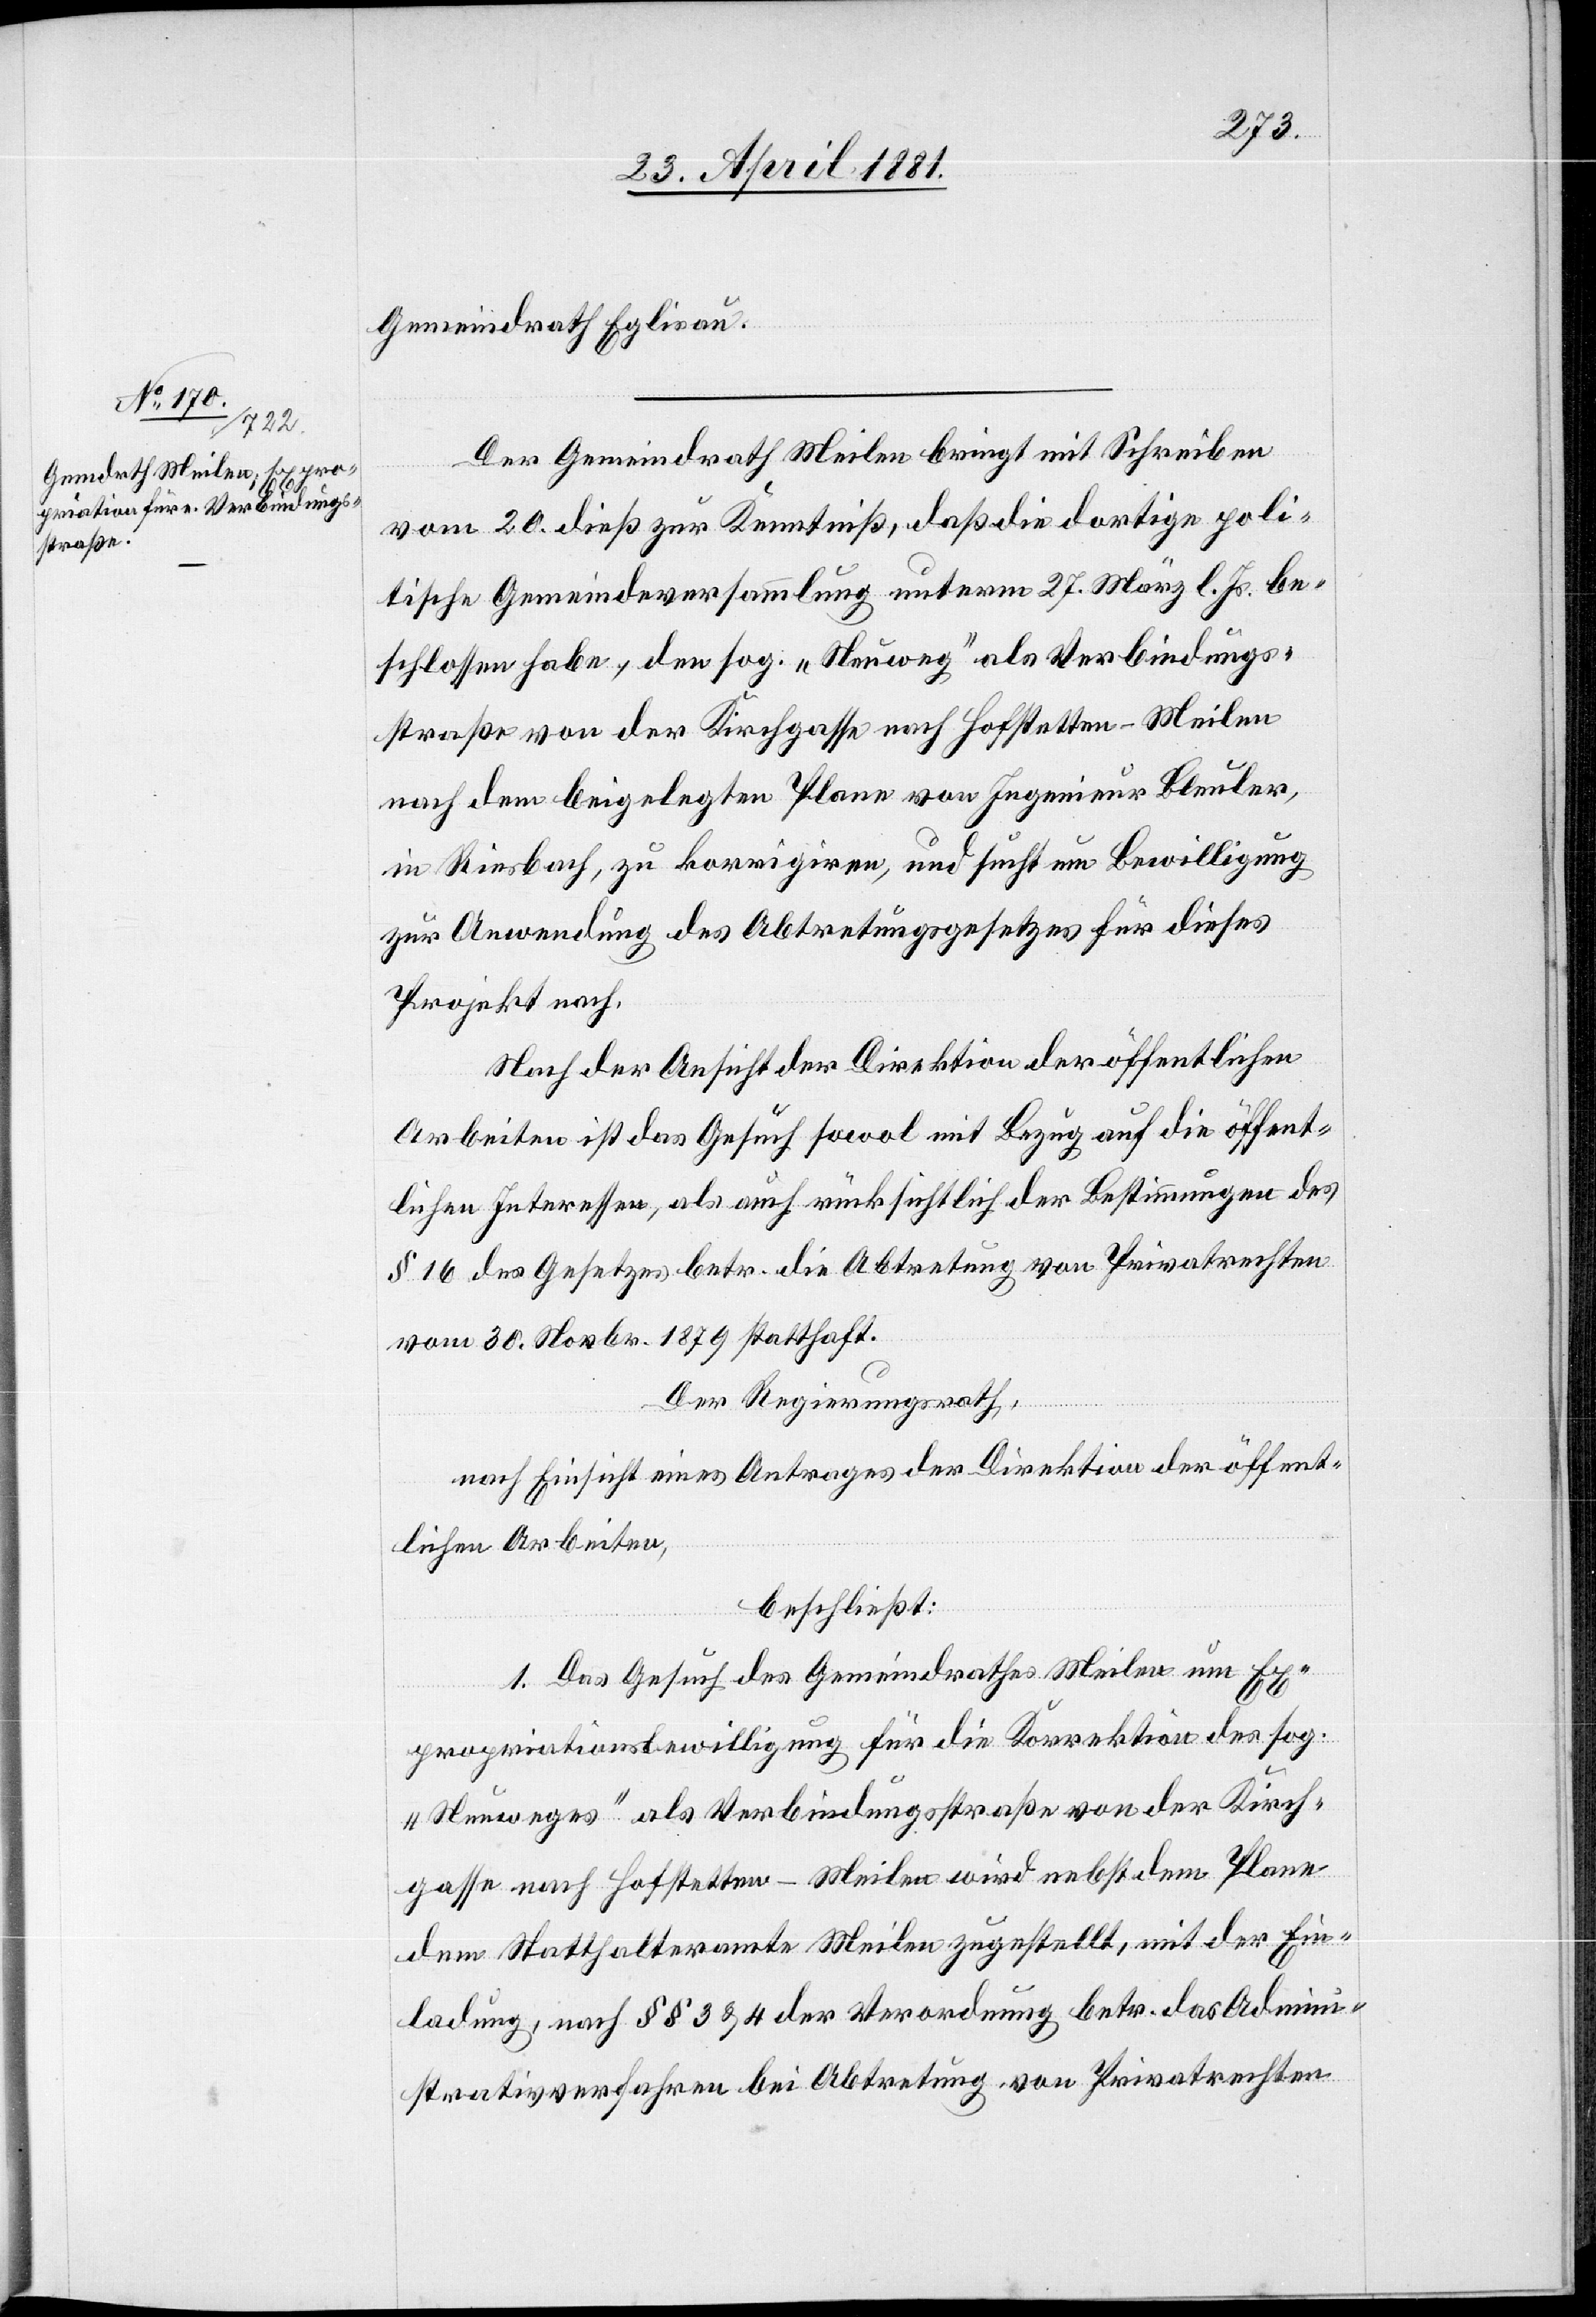
Gemeindrath Eglisau.
Der Gemeindrath Meilen bringt mit Schreiben
vom 20. dieß zur Kenntniß, daß die dortige poli¬
tische Gemeindeversammlung unterm 27. März l. Js. be¬
schlossen habe, den sog. „Heuweg“ als Verbindungs¬
straße von der Kirchgasse nach Hofstetten - Meilen
nach dem beigelegten Plane von Ingenieur Bleuler,
in Riesbach, zu korrigiren, und sucht um Bewilligung
zur Anwendung des Abtretungsgesetzes für dieses
Projekt nach.
Nach der Ansicht der Direktion öffentlichen
Arbeiten ist das Gesuch sowol mit Bezug auf die öffent¬
lichen Interessen, als auch rücksichtlich der Bestimmungen des
§ 16 des Gesetzes betr. die Abtretung von Privatrechten
vom 30. Novbr. 1879 statthaft.
Der Regierungsrath,
nach Einsicht eines Antrages der Direktion öffent¬
lichen Arbeiten,
beschließt:
1. Das Gesuch des Gemeindrathes Meilen um Ex¬
propriationsbewilligung für die Korrektion des sog.
„Heuweges“ als Verbindungsstraße von der Kirch¬
gasse nach Hofstetten - Meilen wird nebst dem Plane
dem Statthalteramte Meilen zugestellt, mit der Ein¬
ladung, nach §§ 3 & 4 der Verordnung betr. das Admini¬
strationsverfahren bei Abtretung von Privatrechten